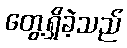
တွေ့ရှိခဲ့သည်